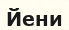
Йени